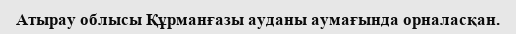
Атырау облысы Құрманғазы ауданы аумағында орналасқан.